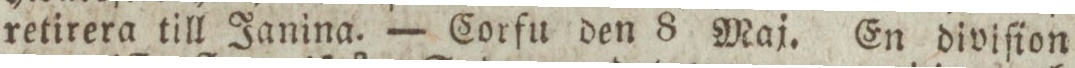
retirera till Janina. — Corfu den 8 Maj. En diviſion